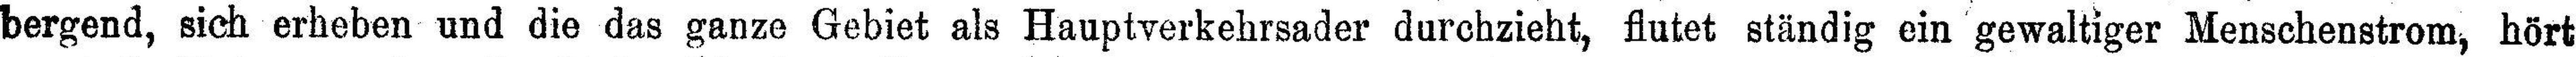
bergend, sich erheben und die das ganze Gebiet als Hauptverkehrsader durchzieht, flutet ständig ein gewaltiger Menschenstrom, hört